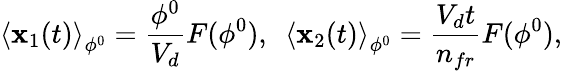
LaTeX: \left\langle\mathbf{x}_{1}(t)\right\rangle_{\phi^{0}}=\frac{{\phi^{0}}}{{V_{d}}}F(\phi^{0}),\ \ \left\langle\mathbf{x}_{2}(t)\right\rangle_{\phi^{0}}=\frac{{V_{d}t}}{{n_{fr}}}F(\phi^{0}),